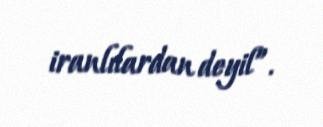
iranlılardan deyil”.